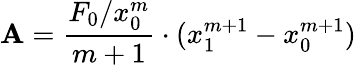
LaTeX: \mathbf{A}={\frac{{F_{0}/x_{0}^{m}}}{{m+1}}}\cdot(x_{1}^{m+1}-x_{0}^{m+1})